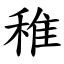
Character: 稚